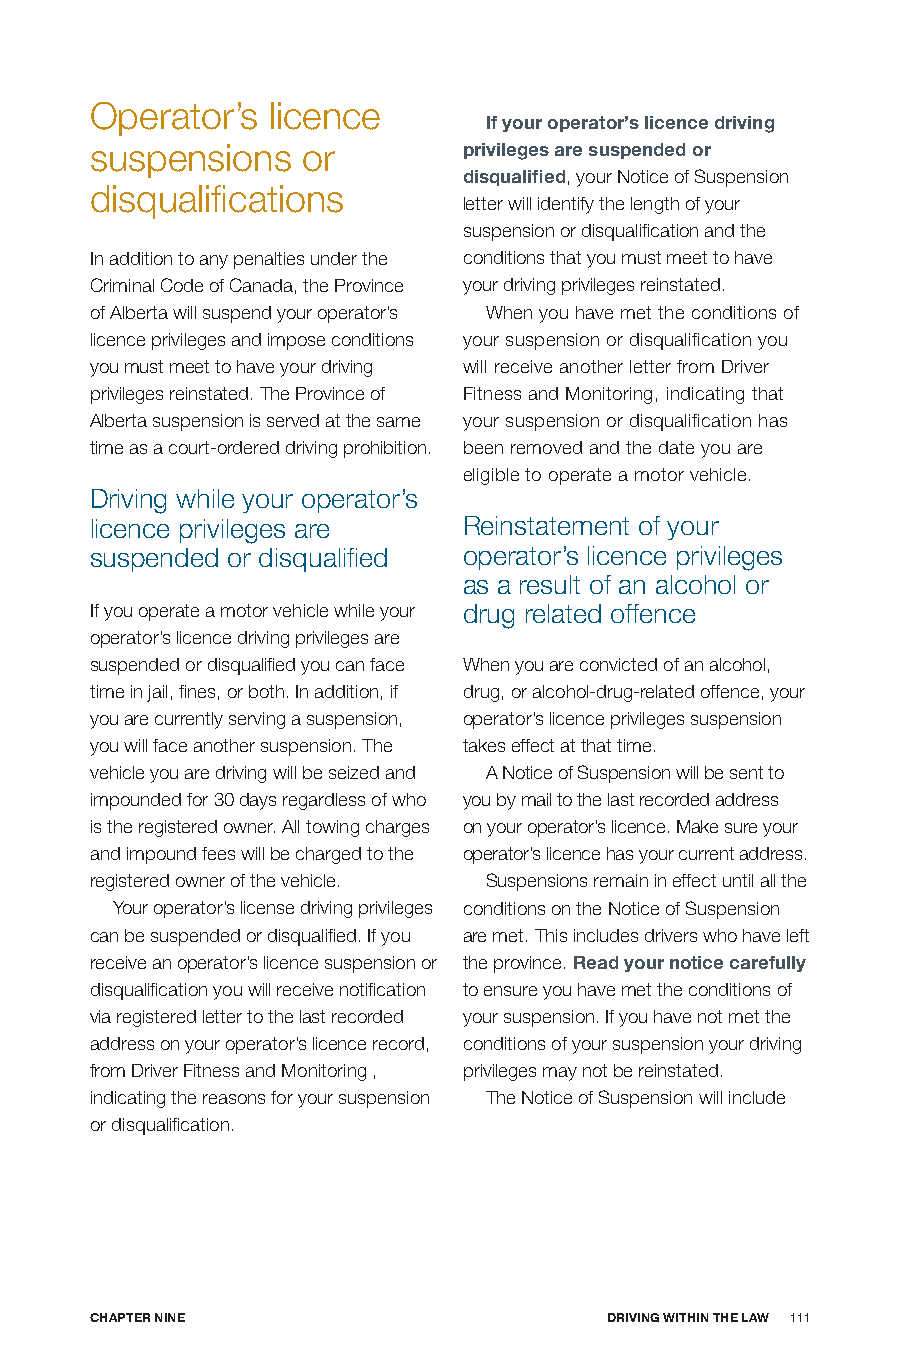
Operator’s  licence
 If your operator’s licence driving
 suspensions   or         privileges are suspended or
 disqualified, your Notice of Suspension
 disqualifications
 letter will identify the length of your
 suspension or disqualification and the
 In addition to any penalties under the conditions that you must meet to have
 Criminal Code of Canada, the Province your driving privileges reinstated.
 of Alberta will suspend your operator’s When you have met the conditions of
 licence privileges and impose conditions your suspension or disqualification you
 you must meet to have your driving will receive another letter from Driver
 privileges reinstated. The Province of Fitness and Monitoring, indicating that
 Alberta suspension is served at the same your suspension or disqualification has
 time as a court-ordered driving prohibition. been removed and the date you are
 eligible to operate a motor vehicle.
 Driving while your operator’s
 licence privileges are   Reinstatement of your
 suspended or disqualified operator’s licence privileges
 as a result of an alcohol or
 If you operate a motor vehicle while your drug related offence
 operator’s licence driving privileges are
 suspended or disqualified you can face When you are convicted of an alcohol,
 time in jail, fines, or both. In addition, if drug, or alcohol-drug-related offence, your
 you are currently serving a suspension, operator’s licence privileges suspension
 you will face another suspension. The takes effect at that time.
 vehicle you are driving will be seized and A Notice of Suspension will be sent to
 impounded for 30 days regardless of who you by mail to the last recorded address
 is the registered owner. All towing charges on your operator’s licence. Make sure your
 and impound fees will be charged to the operator’s licence has your current address.
 registered owner of the vehicle. Suspensions remain in effect until all the
 Your operator’s license driving privileges conditions on the Notice of Suspension
 can be suspended or disqualified. If you are met. This includes drivers who have left
 receive an operator’s licence suspension or the province. Read your notice carefully
 disqualification you will receive notification to ensure you have met the conditions of
 via registered letter to the last recorded your suspension. If you have not met the
 address on your operator’s licence record, conditions of your suspension your driving
 from Driver Fitness and Monitoring , privileges may not be reinstated.
 indicating the reasons for your suspension The Notice of Suspension will include
 or disqualification.
 CHApTER nInE                      DRIVInG wITHIn THE LAw 111